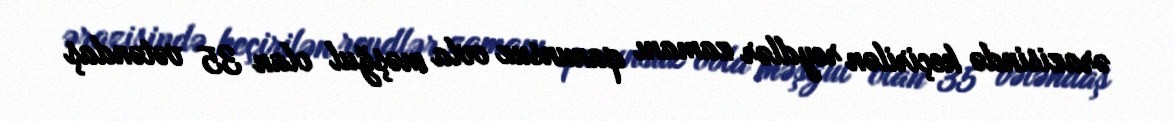
ərazisində keçirilən reydlər zamanı qanunsuz ovla məşğul olan 35 vətəndaş